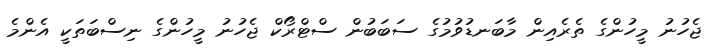
ޖެހުނު މީހުންގެ ތެރެއިން މާބަނޑުވުމުގެ ސަބަބުން ސްޓްރޯކް ޖެހުނު މީހުންގެ ނިސްބަތަކީ އެންމެ